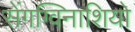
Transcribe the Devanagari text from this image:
सेंगग्विनाशियो